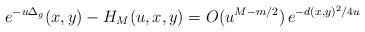
LaTeX: \begin{align*} e^{- u \Delta_g}(x, y) - H_M(u, x, y) = O(u^{M - m /2})\, e^{- d(x, y)^2/4u} \end{align*}